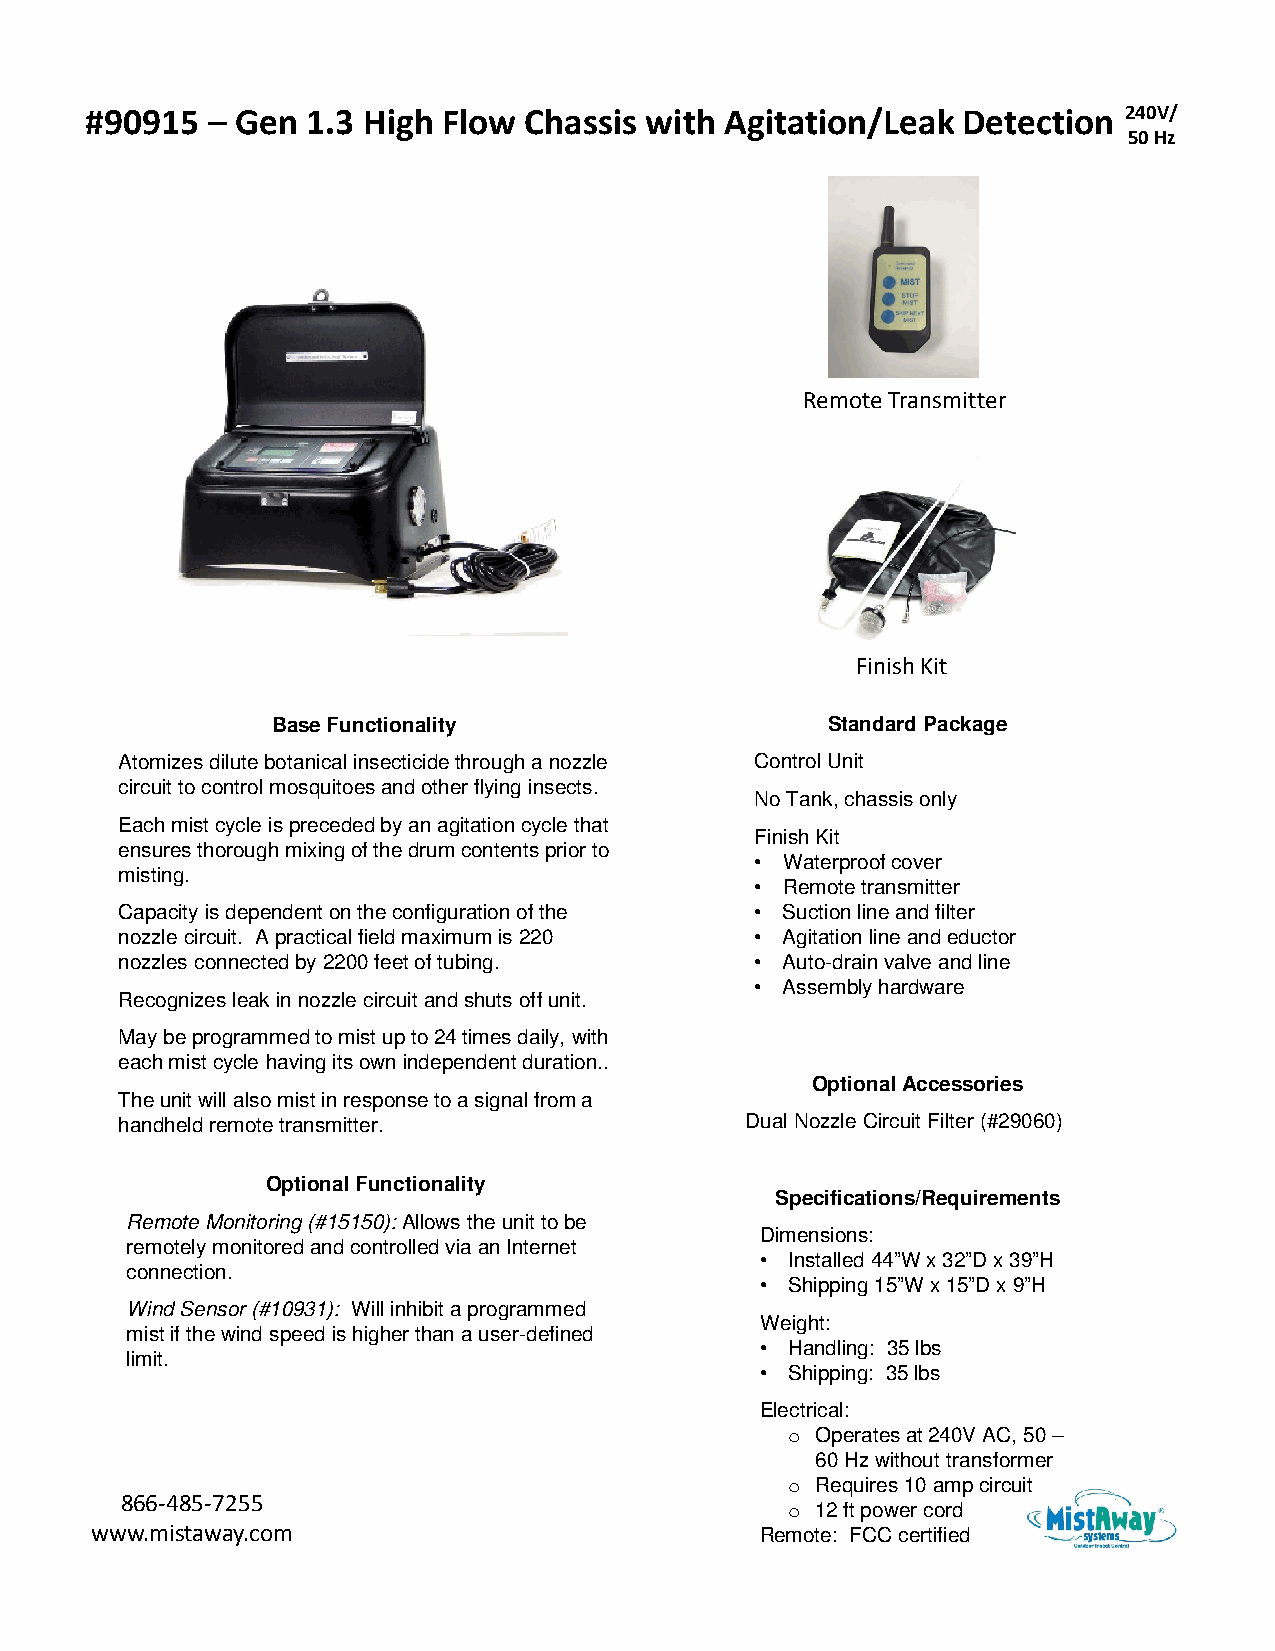
#90915  – Gen 1.3 High Flow  Chassis with Agitation/Leak  Detection 240V/
 50 Hz
 Remote Transmitter
 Finish Kit
 Base Functionality                   Standard Package
 Atomizes dilute botanical insecticide through a nozzle Control Unit
 circuit to control mosquitoes and other flying insects.
 No Tank, chassis only
 Each mist cycle is preceded by an agitation cycle that
 Finish Kit
 ensures thorough mixing of the drum contents prior to
 • Waterproof cover
 misting.
 • Remote transmitter
 Capacity is dependent on the configuration of the • Suction line and filter
 nozzle circuit. A practical field maximum is 220 • Agitation line and eductor
 nozzles connected by 2200 feet of tubing. • Auto-drain valve and line
 • Assembly hardware
 Recognizes leak in nozzle circuit and shuts off unit.
 May be programmed to mist up to 24 times daily, with
 each mist cycle having its own independent duration..
 Optional Accessories
 The unit will also mist in response to a signal from a
 handheld remote transmitter.             Dual Nozzle Circuit Filter (#29060)
 Optional Functionality
 Specifications/Requirements
 Remote Monitoring (#15150): Allows the unit to be
 Dimensions:
 remotely monitored and controlled via an Internet
 • Installed 44”W x 32”D x 39”H
 connection.
 • Shipping 15”W x 15”D x 9”H
 Wind Sensor (#10931): Will inhibit a programmed
 Weight:
 mist if the wind speed is higher than a user-defined
 • Handling: 35 lbs
 limit.
 • Shipping: 35 lbs
 Electrical:
 o Operates at 240V AC, 50 –
 60 Hz without transformer
 o Requires 10 amp circuit
 866-485-7255
 o 12 ftpower cord
 www.mistaway.com                            Remote: FCC certified